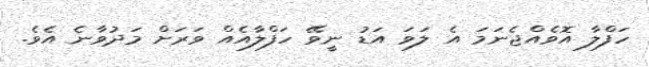
ހަފްލާ އޮވެއްޖެނަމަ އެ ލަވަ އަޑު ނީވޭ ހަފްލާއެއް ވަރަށް މަދުވާނެ އެވެ.